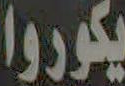
يكوروا